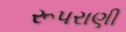
રૂપરાણી